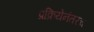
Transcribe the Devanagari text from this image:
प्रक्रियेनंतरच